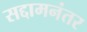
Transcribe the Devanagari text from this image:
सद्दामनंतर